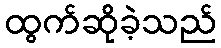
ထွက်ဆိုခဲ့သည်